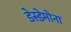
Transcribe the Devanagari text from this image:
डेस्डेमोना